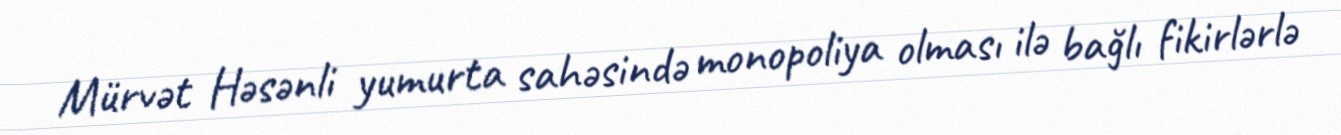
Mürvət Həsənli yumurta sahəsində monopoliya olması ilə bağlı fikirlərlə